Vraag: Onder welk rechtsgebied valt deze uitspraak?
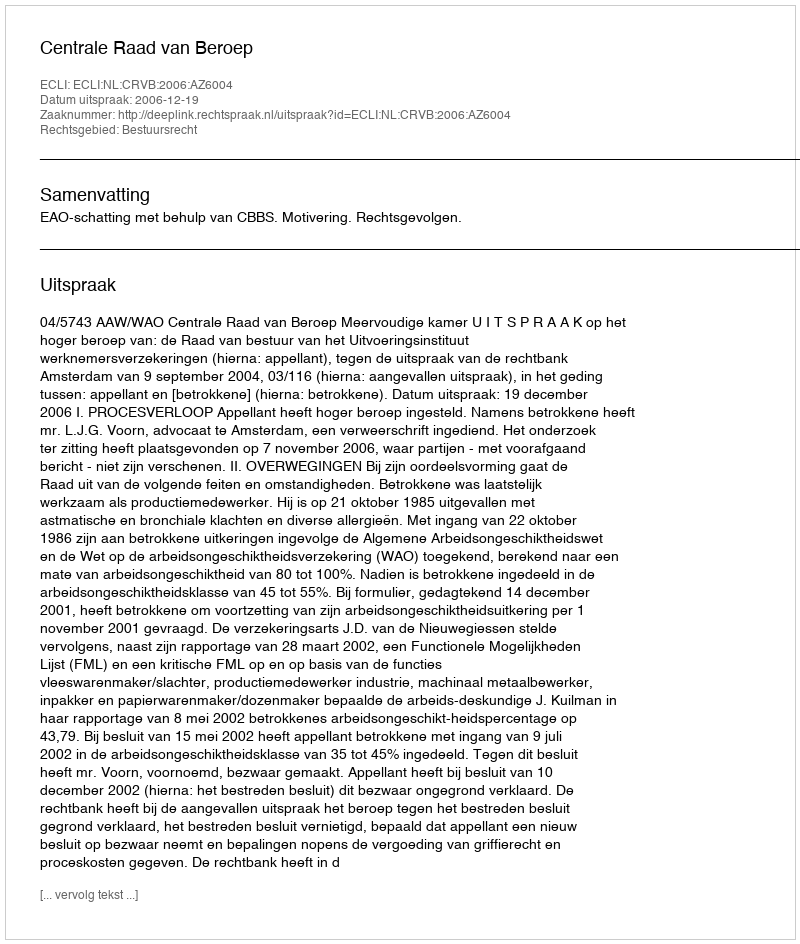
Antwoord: Bestuursrecht